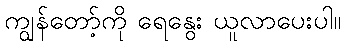
ကျွန်တော့်ကို ရေနွေး ယူလာပေးပါ။